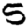
Digit: 5